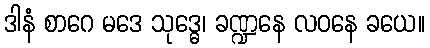
ဒါနံ စာဂေ မဒေ သုဒ္ဓေ၊ ခဏ္ဍနေ လဝနေ ခယေ။